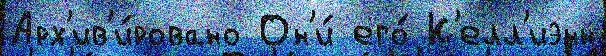
Арх'ив'и́ровано Он'и́ его́ К'елл'иэнн